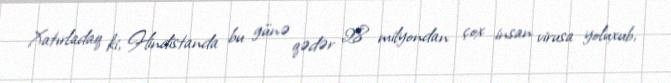
Xatırladaq ki, Hindistanda bu günə qədər 28 milyondan çox insan virusa yoluxub,